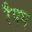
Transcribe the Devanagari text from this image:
रैपम